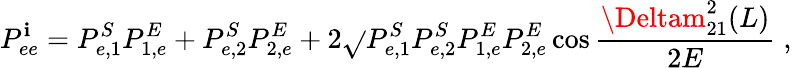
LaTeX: P_{ee}^{\mathbf{i}}=P_{e,1}^{S}P_{1,e}^{E}+P_{e,2}^{S}P_{2,e}^{E}+2\sqrt{}{{P_{e,1}^{S}P_{e,2}^{S}P_{1,e}^{E}P_{2,e}^{E}}}\cos\frac{{\Deltam_{21}^{2}(L)}}{{2E}}\; ,